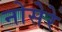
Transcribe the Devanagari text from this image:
नोसेरे